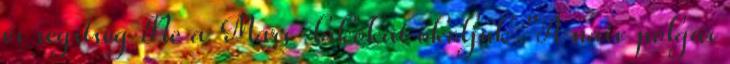
és segítség Ne a Mars-lakókat okoljuk "A naiv polgár